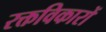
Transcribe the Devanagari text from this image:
रक्तविकारों